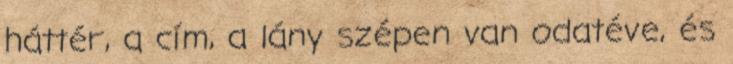
háttér, a cím, a lány szépen van odatéve, és